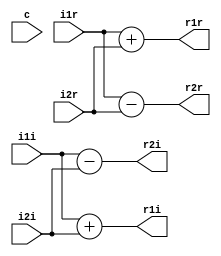
`timescale 1ns / 1ps

module butterfly(i1r,i1i,i2r,i2i,c,r1r,r1i,r2r,r2i);
input [0:15]i1r;
input [0:15]i1i;
input [0:15]i2r;
input [0:15]i2i;
input c;
output reg signed [0:15]r1r;
output reg signed [0:15]r2r;
output reg signed [0:15]r1i;
output reg signed [0:15]r2i;

always@(*) 
begin
 r1r <= i1r + i2r;			//real
 r1i <= i1i + i2i;		//imag
 r2r <= i1r - i2r;			//real
 r2i <= i1i - i2i;		//imag

/*
 r1r[0:2] <= i1r[0:2] + i2r[0:2];			//real
 r1i[0:2] <= i1i[0:2] + i2i[0:2];        //imag
		if(i1r[0:2]+i2r[0:2]<=3'b111)
		begin
			r1r[3:15] <= i1r[3:15] + i2r[3:15];			//real
		end
		else 
		begin
			r1r[3:15] <= i1r[3:15] + i2r[3:15]+1;			//real
		end
		
		if(i1i[0:2]+i2i[0:2]<=3'b111)
		begin
			r1i[3:15] <= i1i[3:15] + i2i[3:15];        //imag
		end
		else 
		begin
			r1i[3:15] <= i1i[3:15] + i2i[3:15]+1;        //imag
		end
		
 r2r[0:2] <= i1r[0:2] - i2r[0:2];			//real
 r2i[0:2] <= i1i[0:2] - i2i[0:2];		//imag

		if(i1r[0:2] - i2r[0:2] >=0)
		begin
		r2r[3:15] <= i1r[3:15] - i2r[3:15];
		end
		else 
		begin
		r2r[3:15] <= i1r[3:15] - i2r[3:15]-1;
		end
		
		if(i1i[0:2] - i2i[0:2] >=0)
		begin
		r2i[3:15] <= i1i[3:15] - i2i[3:15];
		end
		else 
		begin
		r2i[3:15] <= i1i[3:15] - i2i[3:15]-1;
		end
*/
end

endmodule